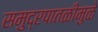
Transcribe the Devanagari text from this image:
समुद्रपातळीमुळे